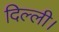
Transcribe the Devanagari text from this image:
दिल्‍ली।